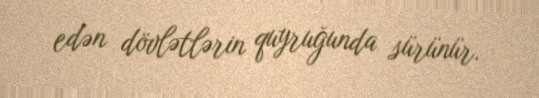
edən dövlətlərin quyruğunda sürünür.